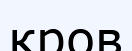
кров